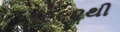
૧૯૯૨થી